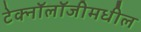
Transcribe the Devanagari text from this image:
टेक्नॉलॉजीमधील